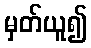
မှတ်ယူ၍